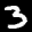
Label: 3